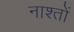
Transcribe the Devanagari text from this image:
नाश्तों